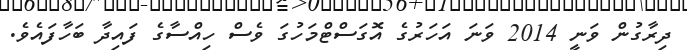
ދިރާގުން ވަނީ 2014 ވަނަ އަހަރުގެ އޮގަސްޓްމަހުގަ ވެސް ހިއްސާގެ ފައިދާ ބަހާފައެވެ.